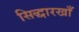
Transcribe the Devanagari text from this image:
सिद्धारखाँ